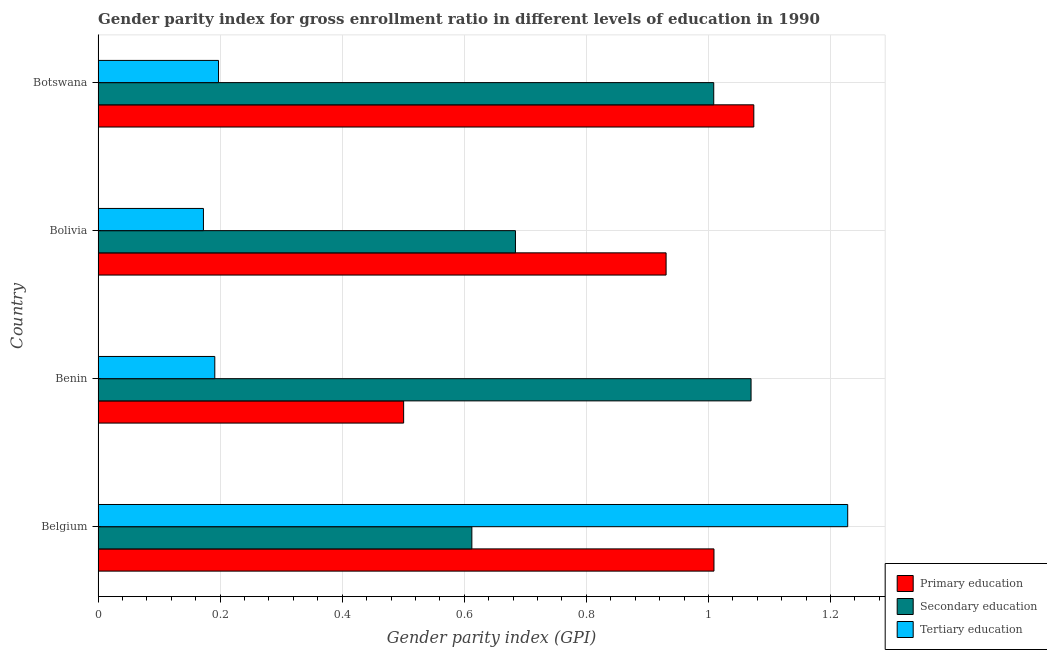
| Country | Primary education | Secondary education | Tertiary education |
 | --- | --- | --- | --- |
 | Belgium | 1.01 | 0.612 | 1.23 |
 | Benin | 0.501 | 1.07 | 0.191 |
 | Bolivia | 0.931 | 0.684 | 0.173 |
 | Botswana | 1.07 | 1.01 | 0.197 |